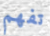
تفهم